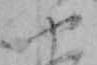
や